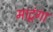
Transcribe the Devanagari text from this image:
माटूंगा